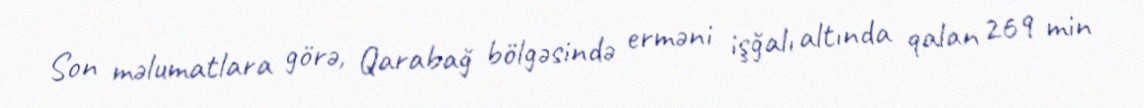
Son məlumatlara görə, Qarabağ bölgəsində erməni işğalı altında qalan 269 min